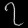
Digit: ၇